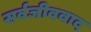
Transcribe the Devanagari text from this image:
सर्वजीववाद